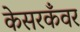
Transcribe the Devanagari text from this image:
केसरकँवर